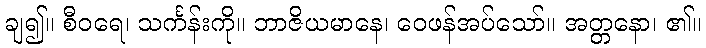
ချ၍။ စီဝရေ၊ သင်္ကန်းကို။ ဘာဇိယမာနေ၊ ဝေဖန်အပ်သော်။ အတ္တနော၊ ၏။